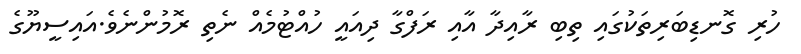
ހުރި ގޮނޑިބަރިތަކުގައި ތިބި ރާއިދާ އާއި ރަފްގާ ދިއައީ ހުއްޓުމެއް ނެތި ރޮމުންނެވެ.އައިސީޔޫގެ